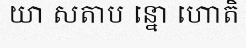
យា សតាប ន្នោ ហោតិ